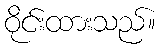
ဝိုင်းထားသည်။